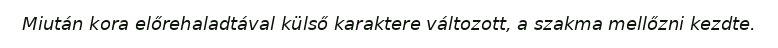
Miután kora előrehaladtával külső karaktere változott, a szakma mellőzni kezdte.